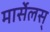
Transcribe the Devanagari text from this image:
मार्सेलस्